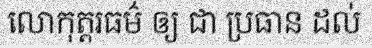
លោកុត្តរធម៌ ឲ្យ ជា ប្រធាន ដល់